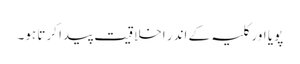
پویا اور کلیہ کے اندر اخلاقیت پیدا کرتا ہو۔